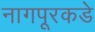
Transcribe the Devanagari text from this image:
नागपूरकडे